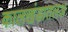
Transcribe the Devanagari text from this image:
कालखंडातलअ